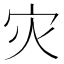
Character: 灾